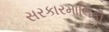
સરકારમાલિકી